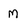
Character: M